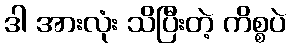
ဒါ အားလုံး သိပြီးတဲ့ ကိစ္စပဲ